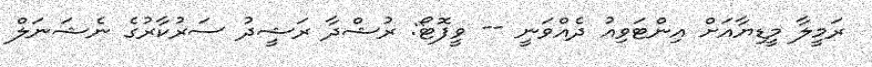
ރަމީލާ މީޑިޔާއަށް އިންޓަވިއު ދެއްވަނީ -- ވީފޮޓޯ: ރުޝްދާ ރަޝީދު ސަރުކާރުގެ ނެޝަނަލް